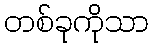
တစ်ခုကိုသာ